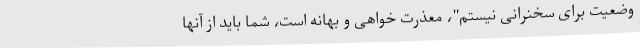
وضعیت برای سخنرانی نیستم"، معذرت خواهی و بهانه است، شما باید از آنها